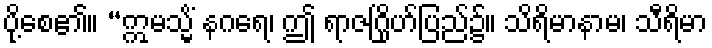
ပို့စေ၏။ “ဣမသ္မိံ နဂရေ၊ ဤ ရာဇဂြိုဟ်ပြည်၌။ သိရိမာနာမ၊ သီရိမာ